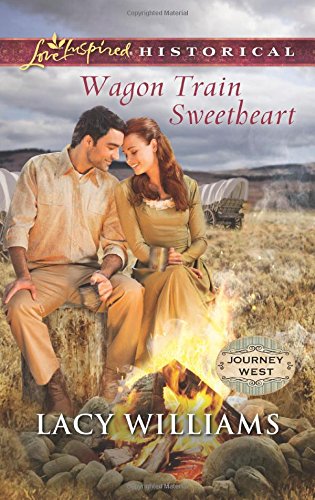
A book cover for Wagon Train Sweetheart (Journey West); Lacy Williams; Romance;